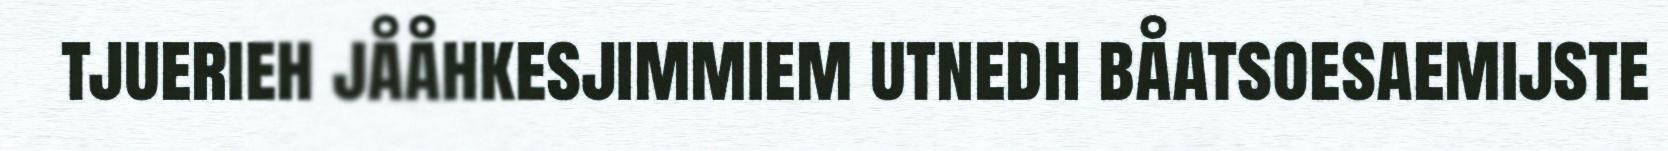
tjuerieh jååhkesjimmiem utnedh båatsoesaemijste